Lunatic asylums in Bengal annual reports 1912-1924 - 1912-1924
Year: 1912
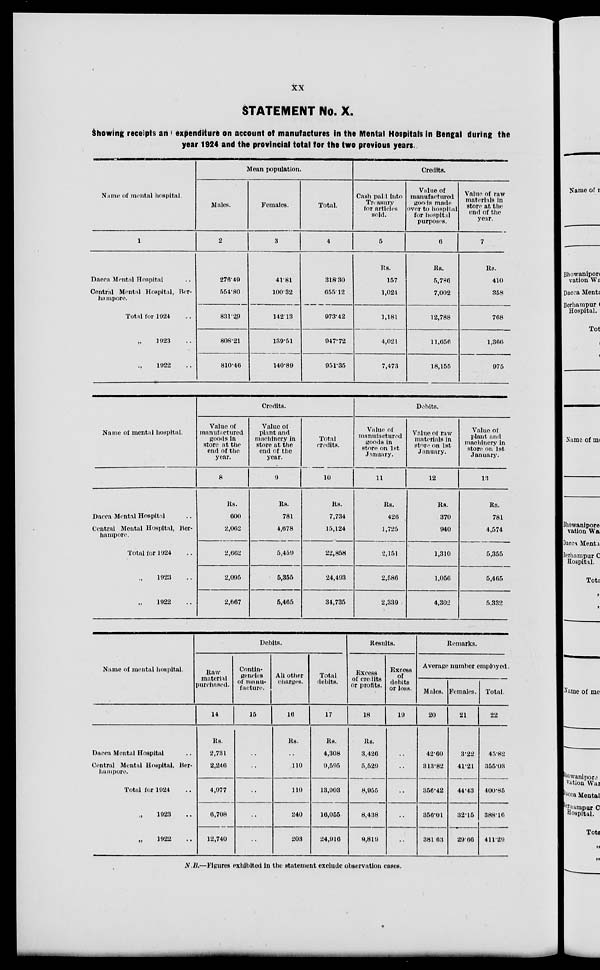
xx
STATEMENT No. X.
Showing receipts and expenditure on account of manufactures in the Mental Hospitals in Bengal during the
year 1924 and the provincial total for the two previous years.
Name of mental
hospital.
1
Dacca Mental Hospital ..
Central Mental Hospital, Ber-
hampore.
Total for 1924 ..
„ 1923 ..
„ 1922 ..
Mean population.
Males.
2
276.49
554.80
831.29
808.21
810.46
Females.
3
41.81
100.32
142.13
139.51
140.89
Total.
4
318.30
655.12
973.42
947.72
951.35
Credits.
Cash paid into
Treasury
for articles
sold.
5
Rs.
157
1,024
1,181
4,021
7,473
Value of
manufactured
goods made
over to hospital
for hospital
purposes.
6
Rs.
5,786
7,002
12,788
11,656
18,155
Value of raw
materials in
store at the
end of the
year.
7
Rs.
410
358
768
1,366
975
Name of mental hospital.
Dacca Mental Hospital ..
Central Mental Hospital, Ber-
hampore.
Total for 1924 ..
„ 1923 ..
„ 1922 ..
Credits.
Value of
manufactured
goods in
store at the
end of the
year.
8
Rs.
600
2,062
2,662
2,095
2,667
Value of
plant and
machinery in
store at the
end of the
year.
9
Rs.
781
4,678
5,459
5,355
5,465
Total
credits.
10
Rs.
7,734
15,124
22,858
24,493
34,735
Debits.
Value of
manufactuerd
goods in
store on 1st
January.
11
Rs.
426
1,725
2,151
2,586
2,339
Value of raw
materials in
store on 1st
January.
12
Rs.
370
940
1,310
1,056
4,302
Value of
plant and
machinery in
store on 1st
January.
13
Rs.
781
4,574
5,355
5,465
5,332
Name
of mental hospital.
Dacca Mental Hospital ..
Central Mental Hospital, Ber-
hampore.
Total for 1924 ..
„ 1923 ..
„ 1922 ..
Debits.
Raw
material
purchased.
14
Rs.
2,731
2,246
4,977
6,708
12,740
Contin-
gencies
of manu-
facture.
15
..
..
..
..
..
All other
charges.
16
Rs.
..
110
110
240
203
Total
debits.
17
Rs.
4,308
9,595
13,903
16,055
24,916
Results.
Excess
of credits
or profits.
18
Rs.
3,426
5,529
8,955
8,438
9,819
Execss
of
debits
or loss.
19
..
..
..
..
..
Remarks.
Average number employed.
Males.
20
42.60
313.82
356.42
356.01
381.63
Females.
21
3.22
41.21
44.43
32.15
29.66
Total.
22
45.82
355.03
400.85
388.16
411.29
N.B.—Figures exhibited in the statement exclude observation cases.